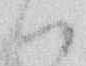
ハ